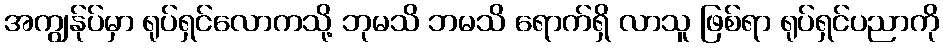
အကျွန်ုပ်မှာ ရုပ်ရှင်လောကသို့ ဘုမသိ ဘမသိ ရောက်ရှိ လာသူ ဖြစ်ရာ ရုပ်ရှင်ပညာကို